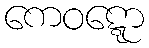
ကေဝဋ္ဋော